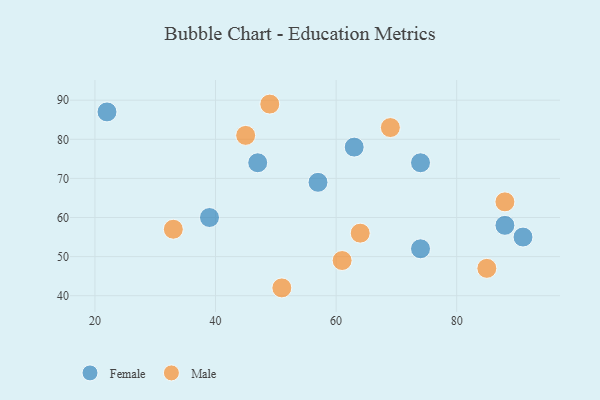
{"axis": {"x": "GDP", "y": "Life Expectancy"}, "legend": ["Female", "Male"], "data": [{"x": "74", "y": 74, "type": "Female"}, {"x": "39", "y": 60, "type": "Female"}, {"x": "91", "y": 55, "type": "Female"}, {"x": "47", "y": 74, "type": "Female"}, {"x": "88", "y": 58, "type": "Female"}, {"x": "74", "y": 52, "type": "Female"}, {"x": "57", "y": 69, "type": "Female"}, {"x": "22", "y": 87, "type": "Female"}, {"x": "63", "y": 78, "type": "Female"}, {"x": "85", "y": 47, "type": "Male"}, {"x": "64", "y": 56, "type": "Male"}, {"x": "49", "y": 89, "type": "Male"}, {"x": "51", "y": 42, "type": "Male"}, {"x": "61", "y": 49, "type": "Male"}, {"x": "45", "y": 81, "type": "Male"}, {"x": "69", "y": 83, "type": "Male"}, {"x": "88", "y": 64, "type": "Male"}, {"x": "33", "y": 57, "type": "Male"}]}